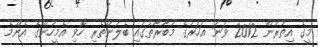
މީގެ އިތުރުން 2012 ވަނަ އަހަރުގެ މުބާރާތުގައި ބެލުންތެރި ހޮވި އެމީހުންގެ އެންމެ